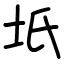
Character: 坁